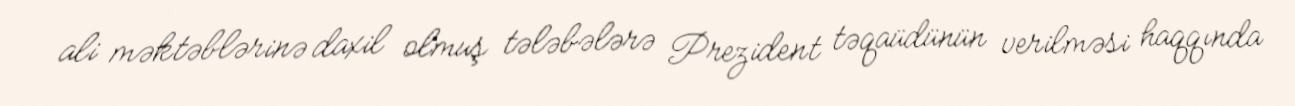
ali məktəblərinə daxil olmuş tələbələrə Prezident təqaüdünün verilməsi haqqında